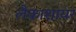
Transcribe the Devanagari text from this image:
लैकाशायर